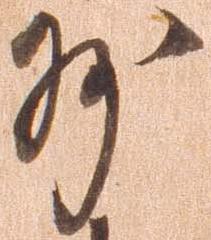
州